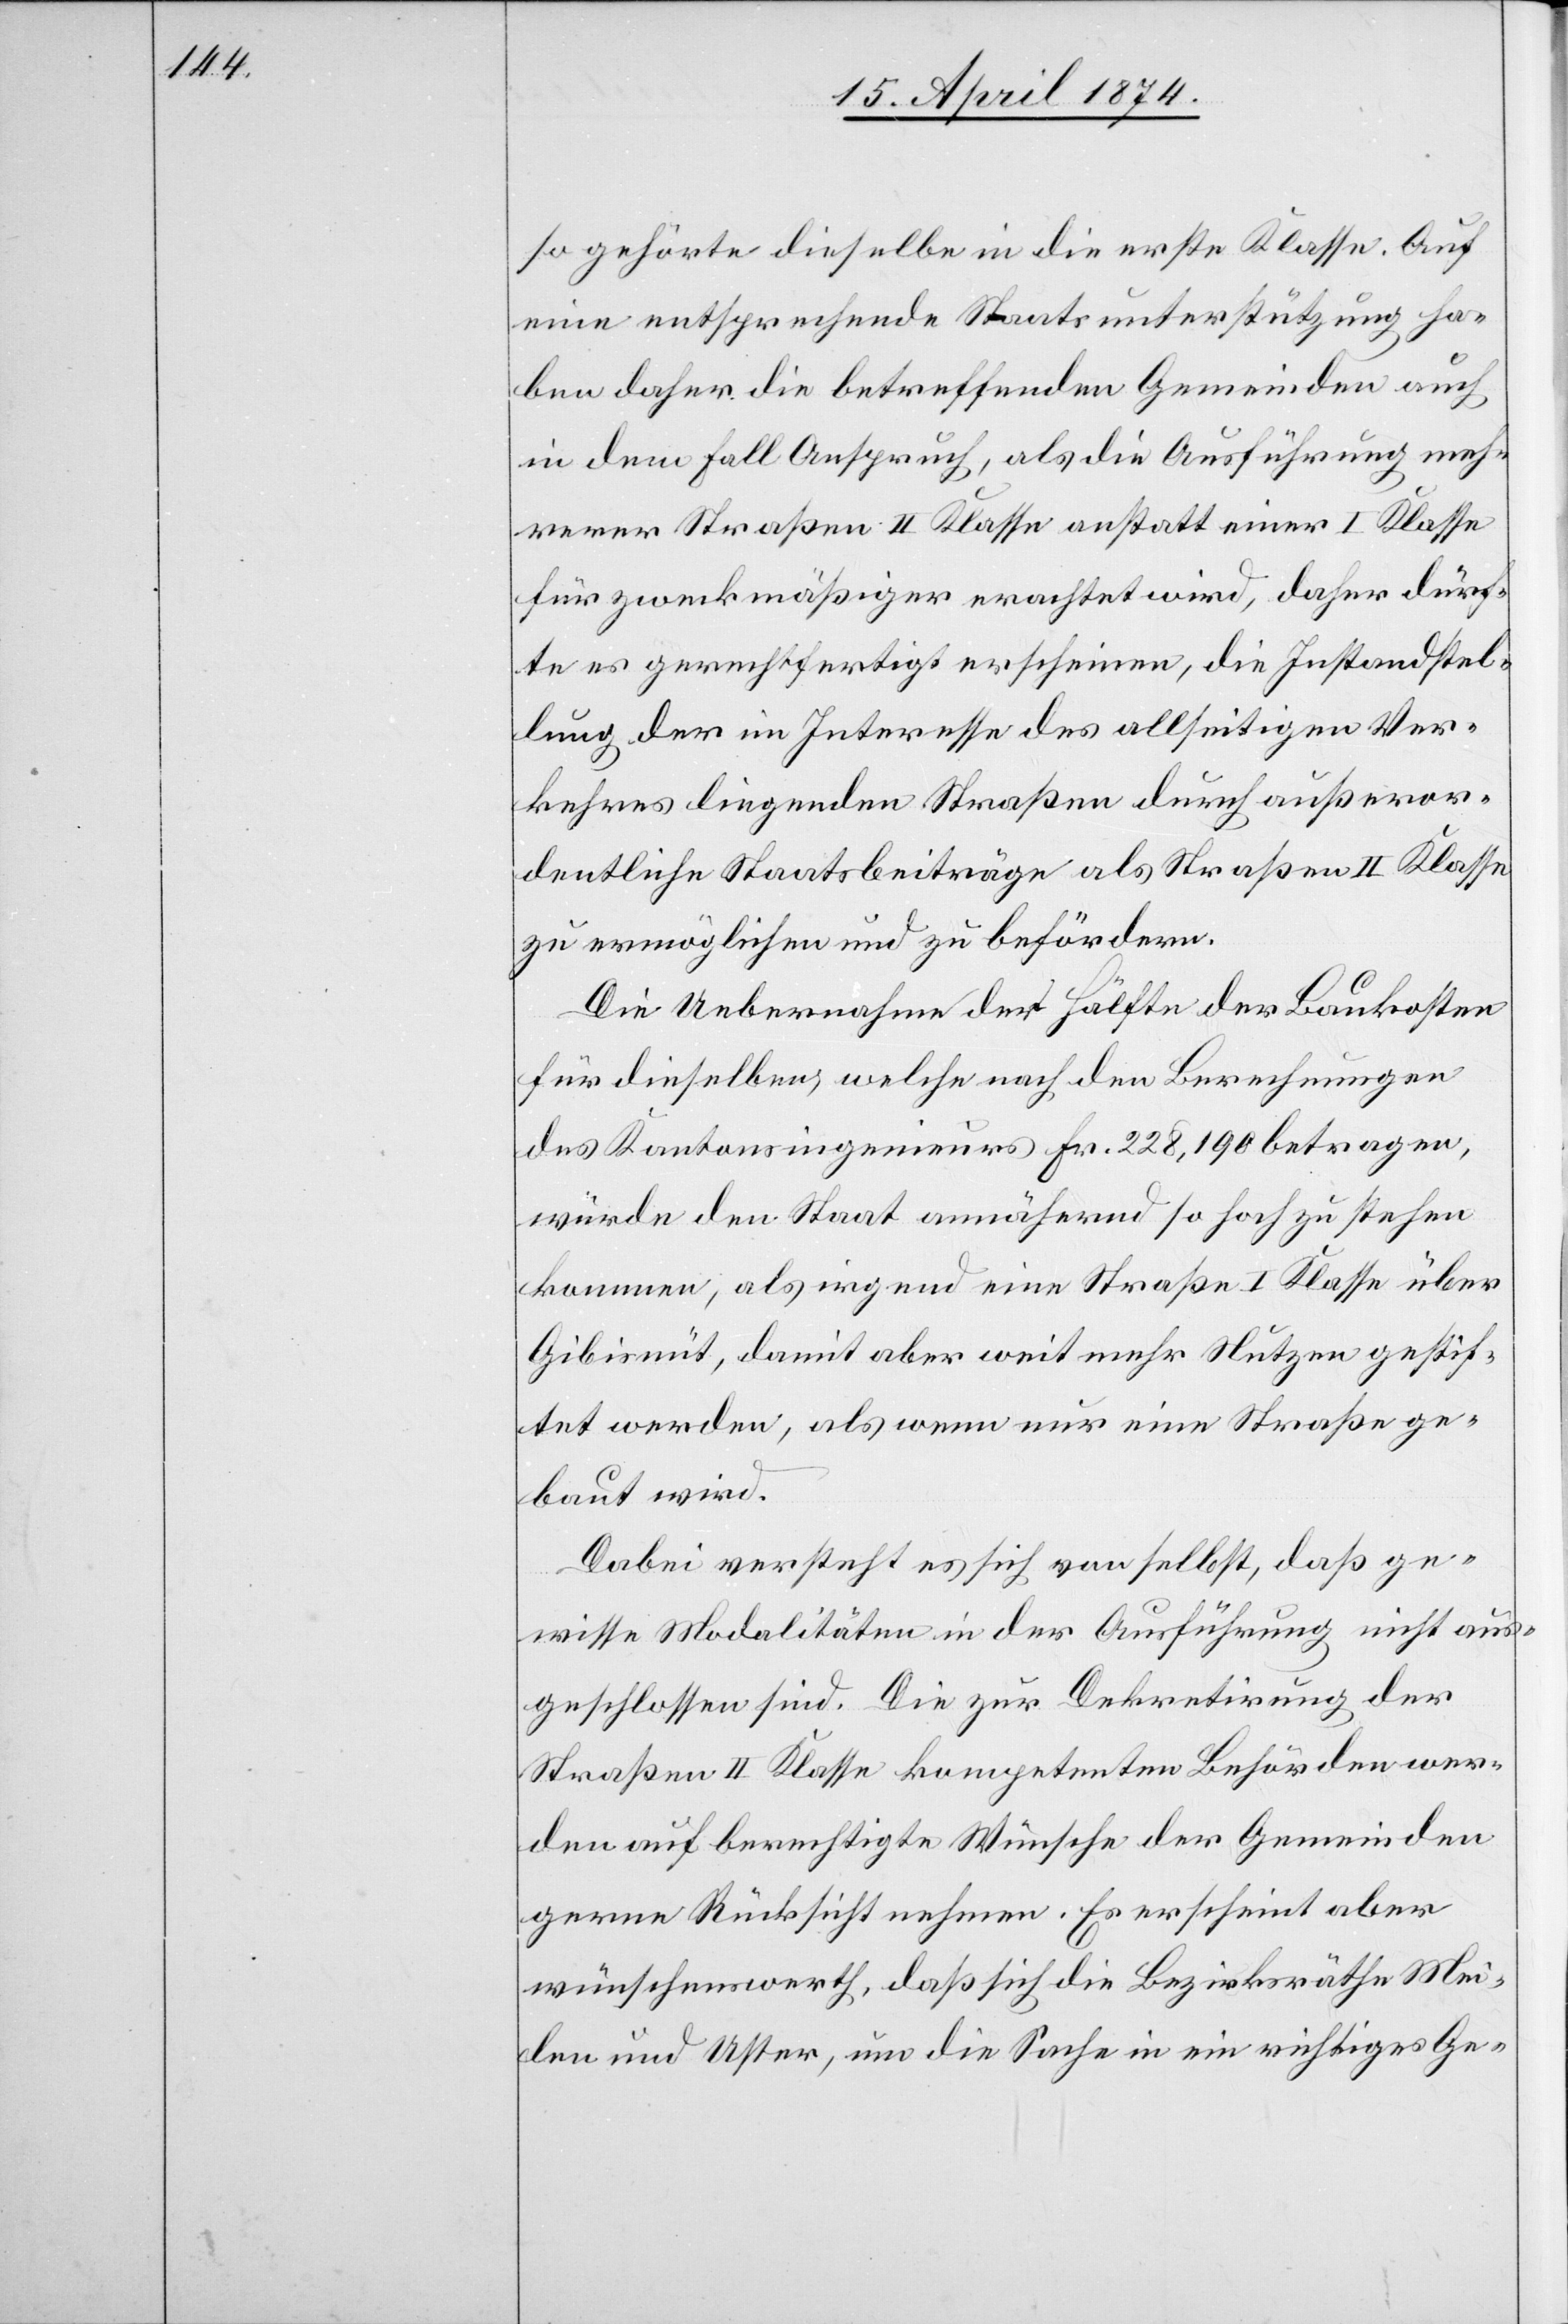
so gehörte dieselbe in die erste Klasse. Auf
eine entsprechende Staatsunterstützung ha¬
ben daher die betreffenden Gemeinden auch
in dem Fall Anspruch, als die Ausführung meh¬
rerer Straßen II. Klasse anstatt einer I. Klasse
für zweckmäßiger erachtet wird, daher dürf¬
te es gerechtfertigt erscheinen, die Instandstel¬
lung der im Interesse des allseitigen Ver¬
kehres liegenden Straßen durch außeror¬
dentliche Staatsbeiträge als Straßen II. Klasse
zu ermöglichen und zu befördern.
Die Uebernahme der Hälfte der Baukosten
für dieselben, welche nach den Berechnungen
des Kantonsingenieurs Fr. 228,190 betragen,
würde den Staat annähernd so hoch zu stehen
kommen, als irgend eine Straße I. Klasse über
Gibisnüt, damit aber weit mehr Nutzen gestif¬
tet werden, als wenn nur eine Straße ge¬
baut wird.
Dabei versteht es sich von selbst, daß ge¬
wisse Modalitäten in der Ausführung nicht aus¬
geschlossen sind. Die zur Dekretirung der
Straßen II. Klasse kompetenten Behörden wer¬
den auf berechtigte Wünsche der Gemeinden
gerne Rücksicht nehmen. Es erscheint aber
wünschenswerth, daß sich die Bezirksräthe Mei¬
len und Uster, um die Sache in ein richtiges Ge-